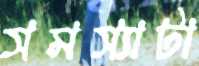
সমস্যাটা